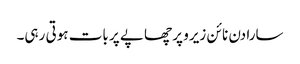
سارا دن نا ئن زیرو پر چھاپے پر بات ہوتی رہی۔